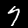
Label: 7